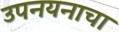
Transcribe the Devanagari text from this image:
उपनयनाचा